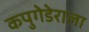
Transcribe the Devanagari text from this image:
कपुगेडेराला